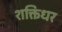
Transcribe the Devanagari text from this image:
शक्तिधर